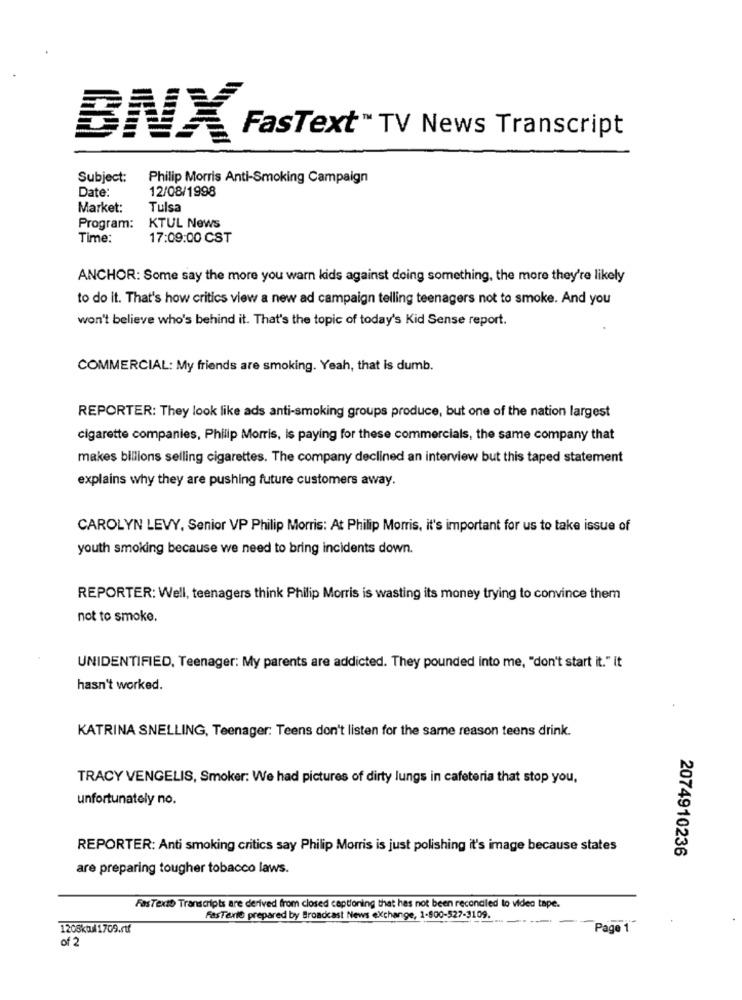
BNXI
FasText™ TV News Transcript
Subject:
Philip Morris Anti-Smoking Campaign
Date:
12/08/1998
Market:
Tulsa
Program:
KTUL News
Time:
17:09:00 CST
ANCHOR: Some say the more you warn kids against doing something, the more they're likely
to do it. That's how critics view a new ad campaign telling teenagers not to smoke. And you
won't believe who's behind it. That's the topic of today's Kid Sense report.
COMMERCIAL: My friends are smoking. Yeah, that is dumb.
REPORTER: They look like ads anti-smoking groups produce, but one of the nation largest
cigarette companies, Philip Morris, is paying for these commercials, the same company that
makes billions selling cigarettes. The company declined an interview but this taped statement
explains why they are pushing future customers away.
CAROLYN LEVY, Senior VP Philip Morris: At Philip Morris, it's important for us to take issue of
youth smoking because we need to bring incidents down.
REPORTER: Well, teenagers think Philip Morris is wasting its money trying to convince them
not to smoke.
UNIDENTIFIED, Teenager: My parents are addicted. They pounded into me, "don't start it." it
hasn't worked.
KATRINA SNELLING, Teenager: Teens don't listen for the same reason teens drink.
TRACY VENGELIS, Smoker: We had pictures of dirty lungs in cafeteria that stop you,
unfortunately no.
REPORTER: Anti smoking critics say Philip Morris is just polishing it's image because states
2074910236
are preparing tougher tobacco laws.
Fas Texto Transcripts are derived from closed captioning that has not been reconciled to video tape.
FasTarie prepared by Broadcast News exchange, 1-800-527-3109.
1208ktul1709.rtf
Page 1
of 2